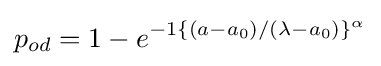
p_{od}=1-e^{-1\{(a-a_{0})/(\lambda -a_{0})\}^{\alpha }}